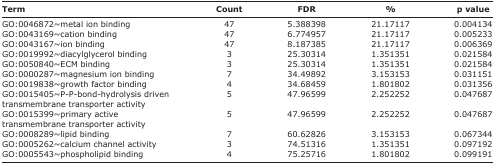
<table><thead><tr><td><b>Term</b></td><td><b>Count</b></td><td><b>FDR</b></td><td><b>%</b></td><td><b>p value</b></td></tr></thead><tbody><tr><td>GO:0046872~metal ion binding</td><td>47</td><td>5.388398</td><td>21.17117</td><td>0.004134</td></tr><tr><td>GO:0043169~cation binding</td><td>47</td><td>6.774957</td><td>21.17117</td><td>0.005233</td></tr><tr><td>GO:0043167~ion binding</td><td>47</td><td>8.187385</td><td>21.17117</td><td>0.006369</td></tr><tr><td>GO:0019992~diacylglycerol binding</td><td>3</td><td>25.30314</td><td>1.351351</td><td>0.021584</td></tr><tr><td>GO:0050840~ECM binding</td><td>3</td><td>25.30314</td><td>1.351351</td><td>0.021584</td></tr><tr><td>GO:0000287~magnesium ion binding</td><td>7</td><td>34.49892</td><td>3.153153</td><td>0.031151</td></tr><tr><td>GO:0019838~growth factor binding</td><td>4</td><td>34.68459</td><td>1.801802</td><td>0.031356</td></tr><tr><td>GO:0015405~P-P-bond-hydrolysis driven transmembrane transporter activity</td><td>5</td><td>47.96599</td><td>2.252252</td><td>0.047687</td></tr><tr><td>GO:0015399~primary active transmembrane transporter activity</td><td>5</td><td>47.96599</td><td>2.252252</td><td>0.047687</td></tr><tr><td>GO:0008289~lipid binding</td><td>7</td><td>60.62826</td><td>3.153153</td><td>0.067344</td></tr><tr><td>GO:0005262~calcium channel activity</td><td>3</td><td>74.51316</td><td>1.351351</td><td>0.097192</td></tr><tr><td>GO:0005543~phospholipid binding</td><td>4</td><td>75.25716</td><td>1.801802</td><td>0.099191</td></tr></tbody></table>